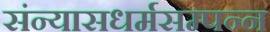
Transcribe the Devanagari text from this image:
संन्यासधर्मसम्पन्न